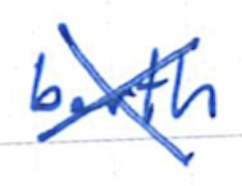
Text: berth
Cross-out: cross
Writing tool: ballpoint